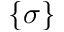
\{ \sigma \}